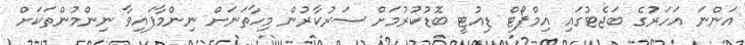
އަންނަ އަހަރުގެ ބަޖެޓުގައި އިމްޕޯޓް ޑިއުޓީ ބޮޑުކުރުމަށް ސަރުކާރުން މިހާތަނަށް ނިންމާފައިވާ ނިންމުންތަކަށް